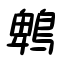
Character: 鵯